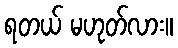
ရတယ် မဟုတ်လား။